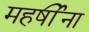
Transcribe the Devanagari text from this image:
महर्षींना